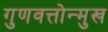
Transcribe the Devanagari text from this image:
गुणवत्तोन्मुख